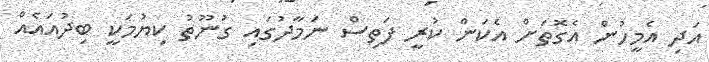
އަދި އެމީހުން އެގޮތަށް އެކަން ކުރީ ފަތިސް ނަމާދުގައި ގުނޫތު ކިޔުމަކީ ބިދުއައެއް